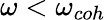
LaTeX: \omega<\omega_{coh}